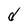
Character: d